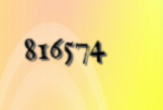
816574